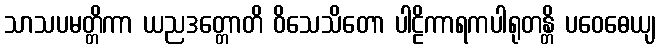
သာသပမတ္တိကာ ယညဒတ္တောတိ ဝိသေသိတော ပါဠိကာရကပါရုတန္တိ ပဝေဓေယျ